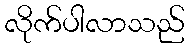
လိုက်ပါလာသည်